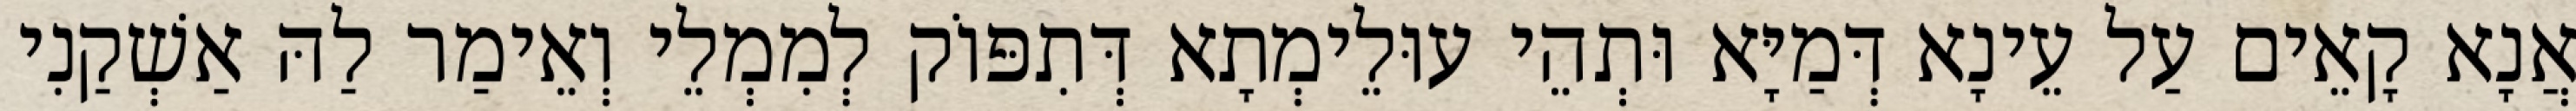
אֲנָא קָאֵים עַל עֵינָא דְּמַיָּא וּתְהֵי עוּלֵימְתָא דְּתִפּוֹק לְמִמְלֵי וְאֵימַר לַהּ אַשְׁקַנִי